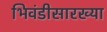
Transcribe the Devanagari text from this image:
भिवंडीसारख्या